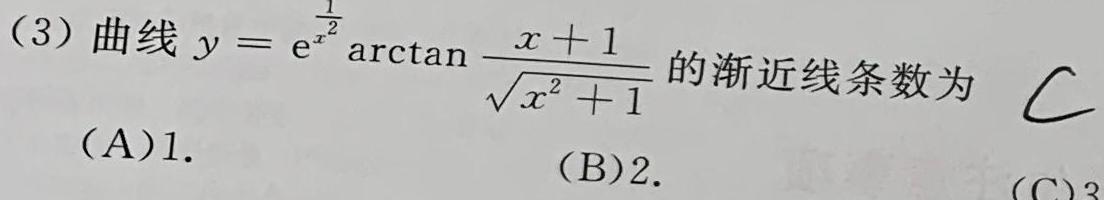
(3) 曲线 $y = \mathrm{e}^{\frac{1}{x^{2}}}\arctan\frac{x + 1}{\sqrt{x^{2}+1}}$ 的渐近线条数为
(A)1.
(B)2.
(C)3